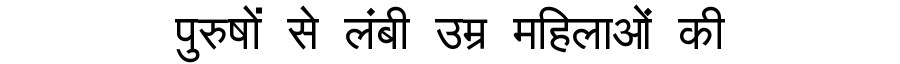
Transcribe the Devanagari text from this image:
पुरुषों से लंबी उम्र महिलाओं की